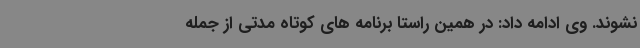
نشوند. وی ادامه داد: در همین راستا برنامه های کوتاه مدتی از جمله